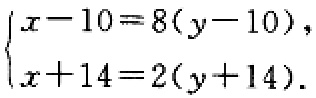
$\begin{cases}x - 10 = 8(y - 10),\\x + 14 = 2(y + 14).\end{cases}$